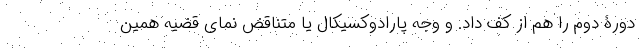
دورۀ دوم را هم از کف داد. و وجه پارادوکسیکال یا متناقض نمای قضیه همین